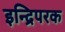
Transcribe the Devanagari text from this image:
इन्द्रिपरक